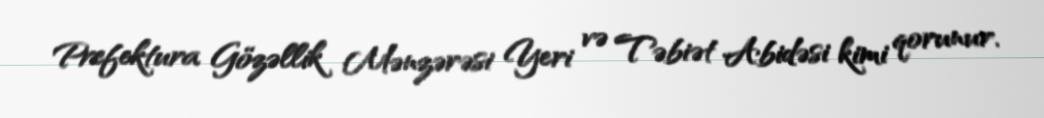
Prefektura Gözəllik Mənzərəsi Yeri və Təbiət Abidəsi kimi qorunur.